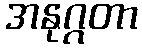
အနုဂ္ဂတာ